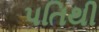
પતિથી